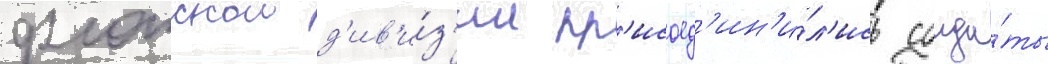
флотскои д'ив'и́з'ии пр'исоед'ин'и́л'ись солда́ты